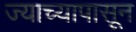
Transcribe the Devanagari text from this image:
ज्याच्यापासून